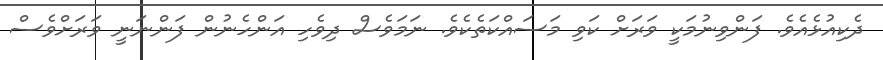
ދެކިއުޅެއެވެ. ފަންވިނުމަކީ ވަރަށް ކަވި މަސައްކަތެކެވެ. ނަމަވެސް ދިވެހި އަންހެނުން ފަންނަނީ ވަރަށްވެސް